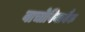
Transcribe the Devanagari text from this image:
वाचोवियाबैंक